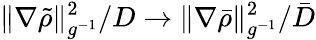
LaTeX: {\| \nabla\tilde{\rho}\| _{g^{-1}}^{2}}/{D}\to\| \nabla\bar{\rho}\| _{g^{-1}}^{2}/{\bar{D}}